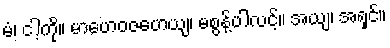
မံ၊ ငါ့ကို။ မာဟေဝဇဟေယျ၊ မစွန့်ပါလင့်။ အယျ၊ အရှင်။